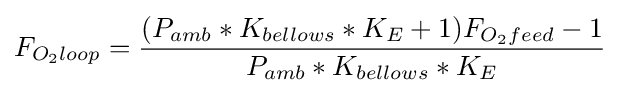
F_{O_{2}loop}={\frac {(P_{amb}*K_{bellows}*K_{E}+1)F_{O_{2}feed}-1}{P_{amb}*K_{bellows}*K_{E}}}